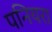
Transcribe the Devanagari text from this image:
पनियरा